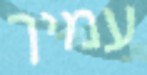
עמיך